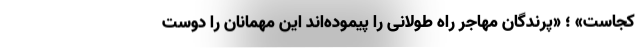
کجاست» ؛ «پرندگان مهاجر راه طولانی را پیموده‌اند این مهمانان را دوست